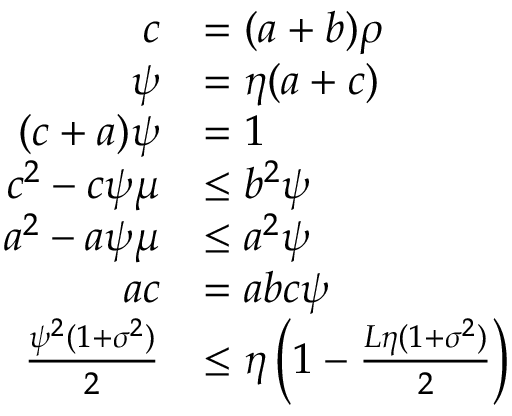
\begin{array} { r l } { c } & { = ( a + b ) \rho } \\ { \psi } & { = \eta ( a + c ) } \\ { ( c + a ) \psi } & { = 1 } \\ { c ^ { 2 } - c \psi \mu } & { \leq b ^ { 2 } \psi } \\ { a ^ { 2 } - a \psi \mu } & { \leq a ^ { 2 } \psi } \\ { a c } & { = a b c \psi } \\ { \frac { \psi ^ { 2 } ( 1 + \sigma ^ { 2 } ) } 2 } & { \leq \eta \left( 1 - \frac { L \eta ( 1 + \sigma ^ { 2 } ) } 2 \right) } \end{array}